system: You are a helpful assistant.
user:
Analyze the provided spectrum to determine if it is a **M-type Giant (gM)**.

A M-type Giant spectrum is defined by its **strong molecular absorption** features, particularly from **Titanium Oxide (TiO)**. You must check for one of the following mutually exclusive signatures:

- **Key Visual Indicators (Absorption-Dominated Spectrum):**

    - **(Primary):** The spectrum is dominated by strong molecular absorption from **Titanium Oxide (TiO)**. This is the **defining feature** of its M-type temperature class.
        - **(Key Bandheads):** Look for sharp, "saw-tooth" absorption valleys. The strongest are located near **~7050 Å**, **~6160 Å**, and **~5170 Å**.
        - **(Line Profile):** The "saw-tooth" morphology is critical: a **sharp, steep drop on the BLUE (short-wavelength) side** of the bandhead, followed by a gradual recovery (rising flux) towards the RED (long-wavelength) side.

    - **(Key Confirmation - Giant vs. Dwarf):** **ABSENCE** of strong **Calcium Hydride (CaH)** molecular bands. This is the primary diagnostic for *excluding* M-dwarfs.
        - **(Key Region):** The spectrum should lack the strong, broad absorption band seen in dwarfs between **~6800 Å and ~7000 Å**.

    - **(Secondary Confirmation - Giant):** A very strong and broad **Neutral Calcium (Ca I)** atomic absorption line.
        - **(Key Line):** Located at **~4226 Å**. In a giant (gM), this line is significantly deeper and broader than the same line in an M-dwarf (dM) due to low surface gravity.

    - **(Overall Spectrum):**
        - The continuum is **extremely red-sloping** (i.e., flux is very low in the blue and rises dramatically towards the red).
        - The entire spectrum appears "chopped up" by the deep TiO bands.

Think first, call **spectral_visualization_tool** if needed to examine features in detail, then provide your final answer. Your response must adhere to the following strict rules:
1.  **Overall Structure:** Your response must follow the format `<think>...</think> <tool_call>...</tool_call> (if a tool is used) <answer>...</answer>`.
2.  **Tool Usage Constraint:** You may only make **one** tool call per turn.
3.  **Final Answer Format:** In the `<answer>` tag, your conclusion must be inside a `\boxed{}` command (e.g., `\boxed{YES}` or `\boxed{NO}`), followed by your justification.

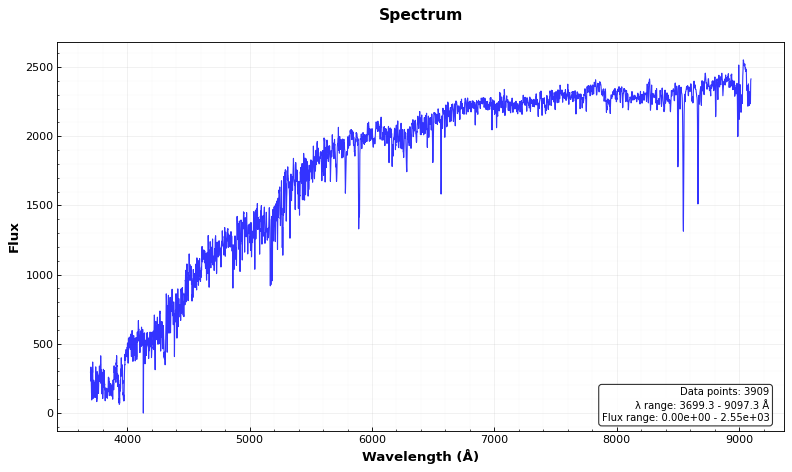
Answer: NO